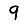
Digit: 9